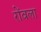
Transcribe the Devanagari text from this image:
रोंवला